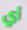
أي